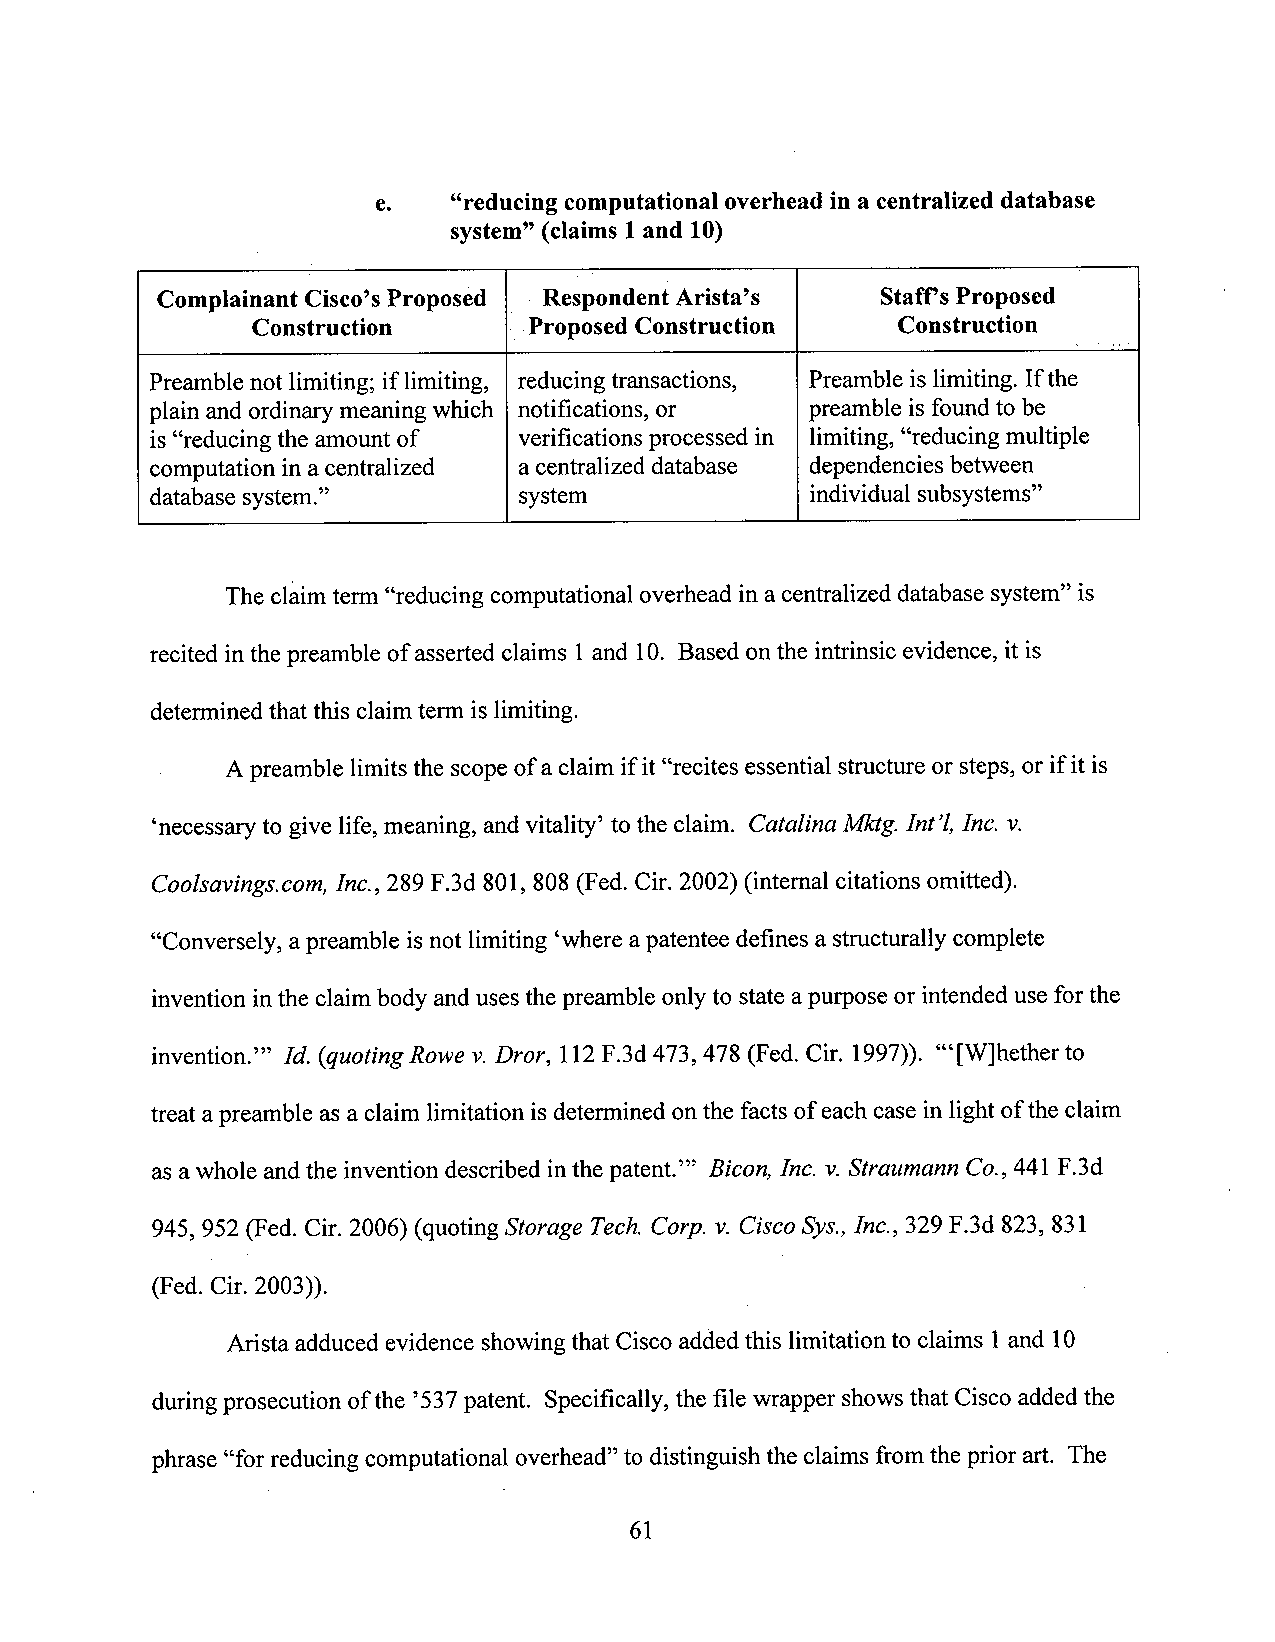
e.   “reducing computational overhead in a centralized database
 system” (claims 1and 10)
 Complainant Cisc0’sProposed Respondent Arista’s Staffs Proposed
 Construction      Proposed Construction   Construction
 Preamble not limiting; if limiting, reducing transactions, Preamble is limiting. Ifthe
 plain and ordinary meaning which notifications, or preamble is foundto be
 is“reducing the amount of verifications processed in limiting,“reducing multiple
 computation in acentralized acentralized database dependencies between
 database system.”       system              individual subsystems”
 The claimtenn “reducing computational overhead in acentralized database system”is
 recited inthe preamble of asserted claims l and 10. Based on the intrinsic evidence, it is
 determined that this claim term is limiting.
 A preamble limitsthe scope of a claim ifit“recites essential structure or steps, or if it is
 ‘necessary to give life, meaning, and vitality’ to the claim. Catalina Mktg.Int ’l,Inc. v.
 Coolsavirzgscom, Inc., 289 F.3d 801, 808 (Fed. Cir. 2002) (intemal citations omitted).
 “Conversely, apreamble isnot limiting ‘wherea patentee defines a structurally complete
 invention in the claim body and uses the preamble only to state apurpose or intended use for the
 invention.’” Id. (quoting Rowev.Dror, 112F.3d 473, 478 (Fed. Cir. 1997)). “‘[W]hether to
 treat apreamble as a claim limitation isdetermined on the facts of each case in light ofthe claim
 as awhole and the invention described inthe patent.”’ Bicon, Inc. v.Straumann C0., 441 F.3d
 945, 952 (Fed. Cir. 2006) (quoting Storage Tech.Corp. v. Cisco Sys.,Inc, 329 F.3d 823, 831
 (Fed. Cir. 2003)).
 Arista adduced evidence showingthat Cisco added this limitation to claims l and 10
 duringprosecution of the ’537patent. Specifically, the file wrapper showsthat Cisco added the
 plu-ase“for reducing computational overhead” to distinguish the claims from the prior art. The
 61